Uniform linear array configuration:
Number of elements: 12
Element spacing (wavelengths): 0.75
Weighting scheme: hamming
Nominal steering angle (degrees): -45
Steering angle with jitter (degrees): -46.544
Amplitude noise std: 0.05
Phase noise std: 0.05

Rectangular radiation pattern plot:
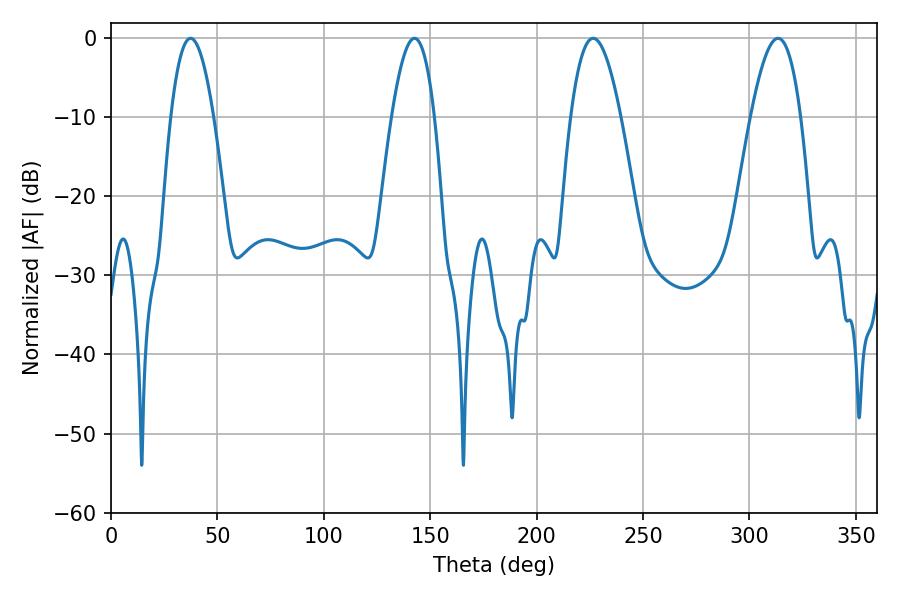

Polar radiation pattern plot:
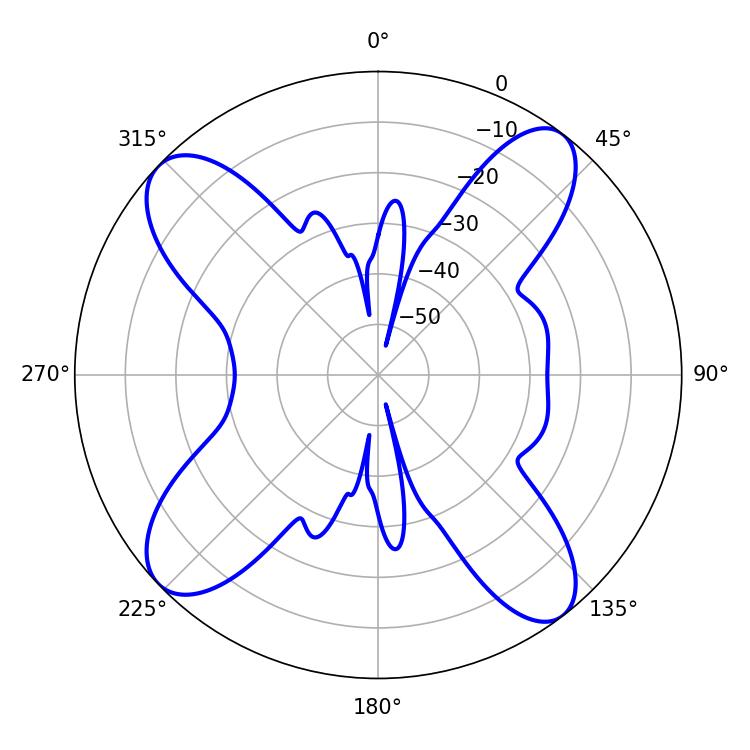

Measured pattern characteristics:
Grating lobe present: TRUE
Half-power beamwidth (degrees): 11.16
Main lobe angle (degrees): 37.44